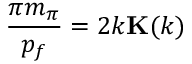
\frac { \pi m _ { \pi } } { p _ { f } } = 2 k { \bf K } ( k )